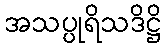
အသပ္ပုရိသဒိဋ္ဌိ